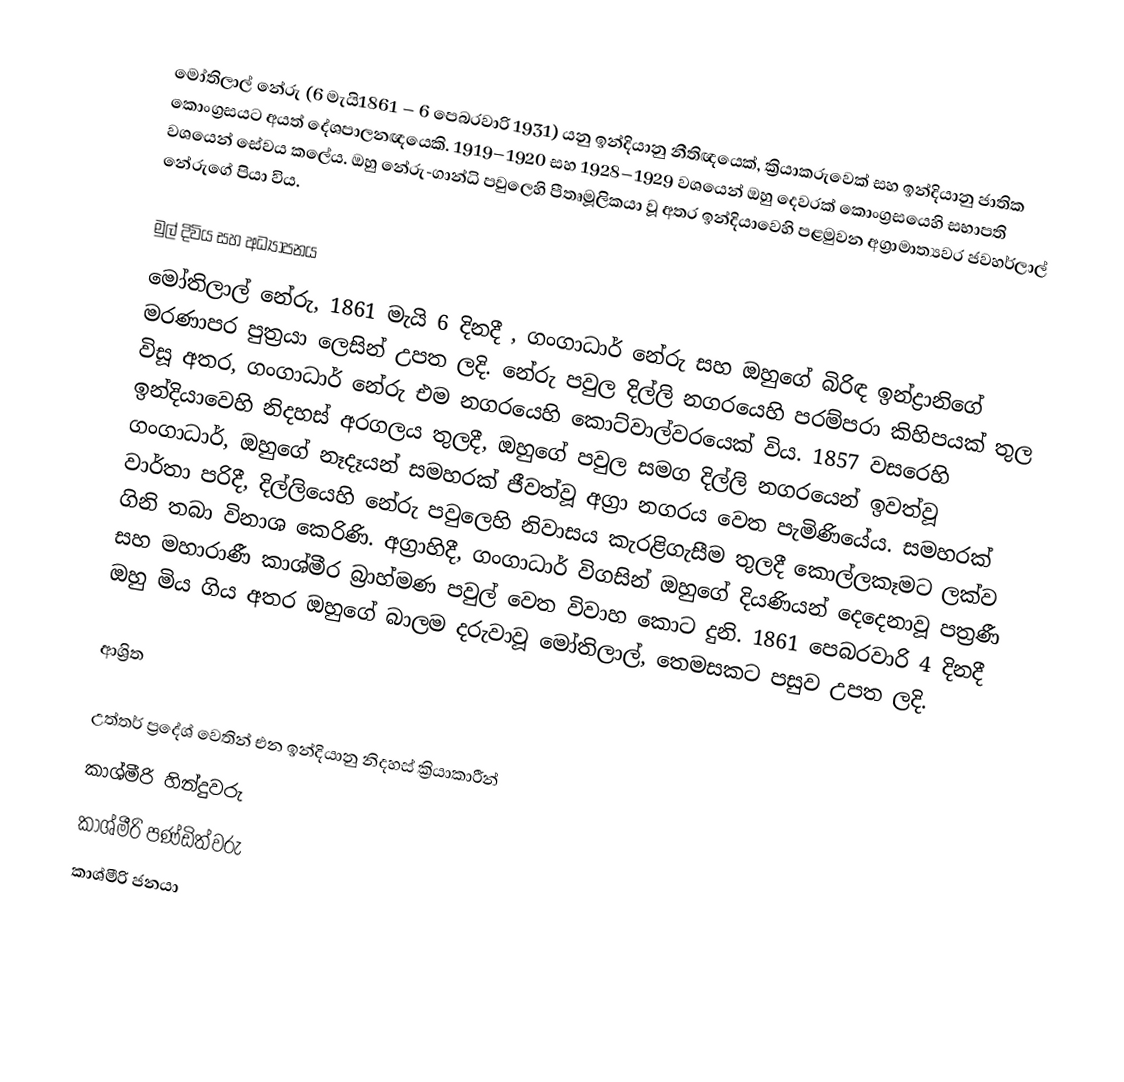
මෝතිලාල් නේරු (6 මැයි1861 – 6 පෙබරවාරි 1931) යනු ඉන්දියානු නීතිඥයෙක්, ක්‍රියාකරුවෙක් සහ   ඉන්දියානු ජාතික කොංග්‍රසයට අයත් දේශපාලනඥයෙකි. 1919–1920 සහ 1928–1929 වශයෙන් ඔහු දෙවරක් කොංග්‍රසයෙහි සභාපති වශයෙන් සේවය කලේය. ඔහු නේරු-ගාන්ධි පවුලෙහි පීතෘමූලිකයා වූ අතර ඉන්දියාවෙහි පළමුවන අග්‍රාමාත්‍යවර ජවහර්ලාල් නේරුගේ පියා විය.

මුල් දිවිය සහ අධ්‍යාපනය
මෝතිලාල් නේරු, 1861 මැයි 6 දිනදී , ගංගාධාර් නේරු සහ ඔහුගේ බිරිඳ ඉන්ද්‍රානිගේ  මරණාපර පුත්‍රයා ලෙසින් උපත ලදි. නේරු පවුල දිල්ලි නගරයෙහි පරම්පරා කිහිපයක් තුල විසූ අතර, ගංගාධාර් නේරු එම නගරයෙහි කොට්වාල්වරයෙක් විය.   1857 වසරෙහි ඉන්දියාවෙහි නිදහස් අරගලය තුලදී, ඔහුගේ පවුල සමග දිල්ලි නගරයෙන් ඉවත්වූ ගංගාධාර්, ඔහුගේ නෑදෑයන් සමහරක් ජීවත්වූ අග්‍රා නගරය වෙත පැමිණියේය. සමහරක් වාර්තා පරිදී, දිල්ලියෙහි නේරු පවුලෙහි නිවාසය කැරළිගැසීම තුලදී කොල්ලකෑමට ලක්ව ගිනි තබා විනාශ කෙරිණි. අග්‍රාහිදී, ගංගාධාර් විගසින් ඔහුගේ දියණියන් දෙදෙනාවූ පත්‍රණී සහ මහාරාණී කාශ්මීර බ්‍රාහ්මණ පවුල් වෙත විවාහ කොට දුනි. 1861 පෙබරවාරි 4 දිනදී ඔහු මිය ගිය අතර  ඔහුගේ බාලම දරුවාවූ මෝතිලාල්, තෙමසකට පසුව උපත ලදි.

ආශ්‍රිත

උත්තර් ප්‍රදේශ් වෙතින් එන ඉන්දියානු නිදහස් ක්‍රියාකාරීන්
කාශ්මීරි හින්දුවරු
කාශ්මීරි පණ්ඩිත්වරු
කාශ්මීරි ජනයා